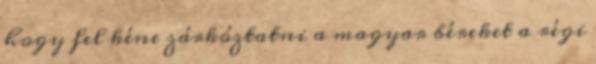
hogy fel kéne zárkóztatni a magyar béreket a régi